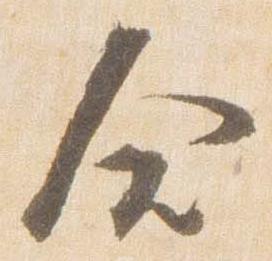
合